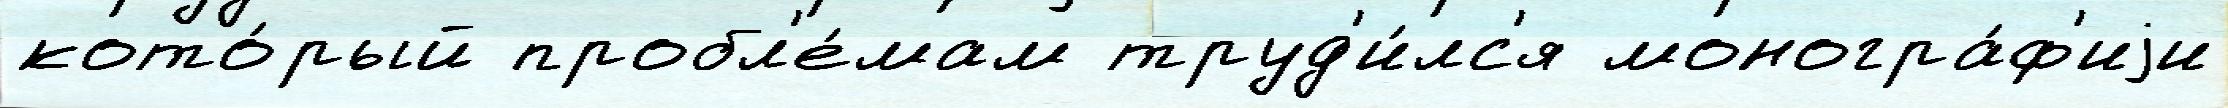
кото́рый пробл'е́мам труд'и́лс'я моногра́ф'иjи